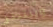
وينتظر